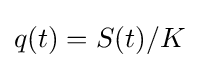
q(t)=S(t)/K